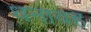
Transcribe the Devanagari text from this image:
धनावह